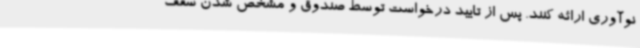
نوآوری ارائه کنند. پس از تایید درخواست توسط صندوق و مشخص شدن سقف